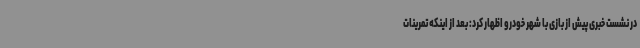
در نشست خبری پیش از بازی با شهر خودرو اظهار کرد: بعد از اینکه تمرینات